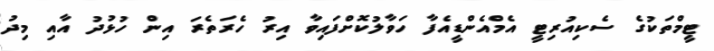
ޓީމްތަކުގެ ސެކިއުރިޓީ އެމްއެންޑީއެފާ ހަވާލުކޮށްފައިވާ އިރު ހެރަތެރަ އިން ހުޅުދު އާއި މިދު